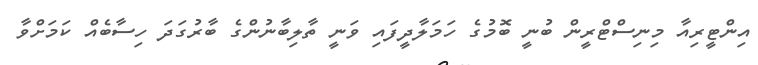
އިންޓީރިއާ މިނިސްޓްރީން ބުނީ ބޮމުގެ ހަމަލާދީފައި ވަނީ ތާލިބާނުންގެ ބާރުގަދަ ހިސާބެއް ކަމަށްވާ